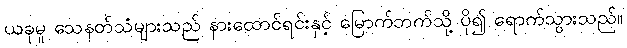
ယခုမူ သေနတ်သံများသည် နားထောင်ရင်းနှင့် မြောက်ဘက်သို့ ပို၍ ရောက်သွားသည်။